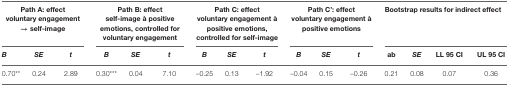
| <COLSPAN=3> Path A: effect voluntary engagement → self-image | <COLSPAN=3> Path B: effect self-image à positive emotions, controlled for voluntary engagement | <COLSPAN=3> Path C: effect voluntary engagement à positive emotions, controlled for self-image | <COLSPAN=3> Path C': effect voluntary engagement à positive emotions | <COLSPAN=4> Bootstrap results for indirect effect |
 | B | SE | t | B | SE | t | B | SE | t | B | SE | t | ab | SE | LL 95 CI | UL 95 CI |
 | --- | --- | --- | --- | --- | --- | --- | --- | --- | --- | --- | --- | --- | --- | --- | --- |
 | 0.70** | 0.24 | 2.89 | 0.30*** | 0.04 | 7.10 | –0.25 | 0.13 | –1.92 | –0.04 | 0.15 | –0.26 | 0.21 | 0.08 | 0.07 | 0.36 |